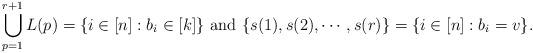
LaTeX: \begin{align*}\bigcup_{p=1}^{r+1}L(p)= \{i \in [n]: b_i \in [k]\} \mbox{ and } \{s(1), s(2), \cdots, s(r)\}= \{i \in [n] :b_i=v\}.\end{align*}